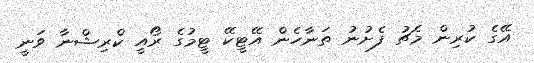
އޭގެ ކުރިން މެޗު ފެށުނު ތަނާހެން އޭޓީކޭ ޓީމުގެ ރޯއީ ކްރިޝްނާ ވަނީ